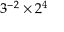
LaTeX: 3 ^ { - 2 } \times 2 ^ { 4 }